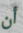
أن